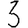
Digit: 3